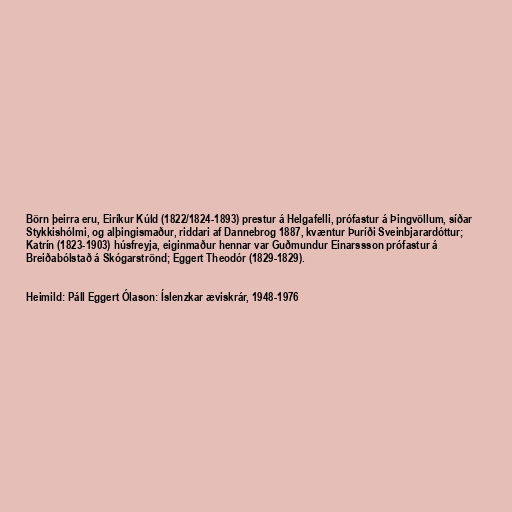
Börn þeirra eru, Eiríkur Kúld (1822/1824-1893) prestur á Helgafelli, prófastur á Þingvöllum, síðar
Stykkishólmi, og alþingismaður, riddari af Dannebrog 1887, kvæntur Þuríði Sveinbjarardóttur;
Katrín (1823-1903) húsfreyja, eiginmaður hennar var Guðmundur Einarssson prófastur á
Breiðabólstað á Skógarströnd; Eggert Theodór (1829-1829).

Heimild: Páll Eggert Ólason: Íslenzkar æviskrár, 1948-1976